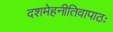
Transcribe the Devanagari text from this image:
दशमेहनीतिवापाठः